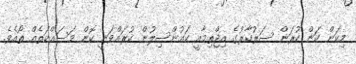
މިކަން ކަން ކުރަން ސަރުކާރުގެ އިޖްތިމާއީ ކައުންސިލުން ކުރައްވަނީ ކޮން މަސައްކަތެއް ތޯއެވެ.